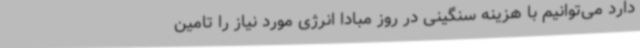
دارد می‌توانیم با هزینه سنگینی در روز مبادا انرژی مورد نیاز را تامین